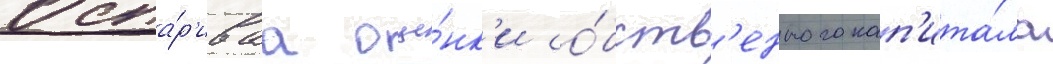
Оспа́р'иваа оце́нк'и со́бств'енного кап'ита́ла